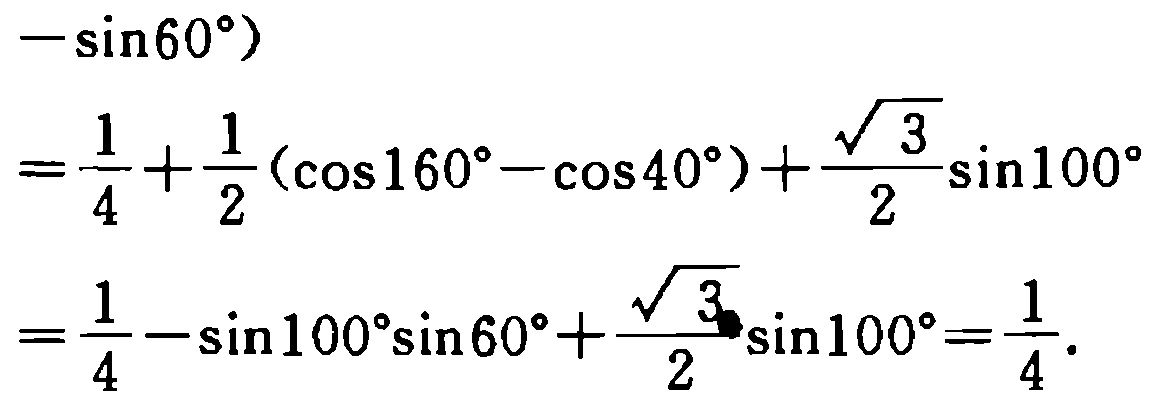
\(-\sin60^{\circ})\\
=\frac{1}{4}+\frac{1}{2}(\cos160^{\circ}-\cos40^{\circ})+\frac{\sqrt{3}}{2}\sin100^{\circ}\\
=\frac{1}{4}-\sin100^{\circ}\sin60^{\circ}+\frac{\sqrt{3}}{2}\sin100^{\circ}=\frac{1}{4}.\)